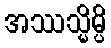
အဿသ္မိမ္ပိ